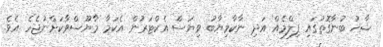
ޝާޚު ބުނާގޮތުގައި ފިލްމެއް އަދި ނާކާމިޔާބު ވިޔަސް އެކްޓަރުން އެކަމާ މާޔޫސްވާކަށްނުޖެހެ އެވެ.